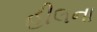
હીલના